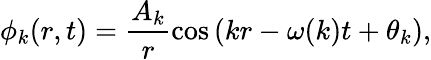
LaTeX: \phi_{k}(r,t)=\frac{A_{k}}{r}\cos{\left(kr-\omega(k)t+\theta_{k}\right)},